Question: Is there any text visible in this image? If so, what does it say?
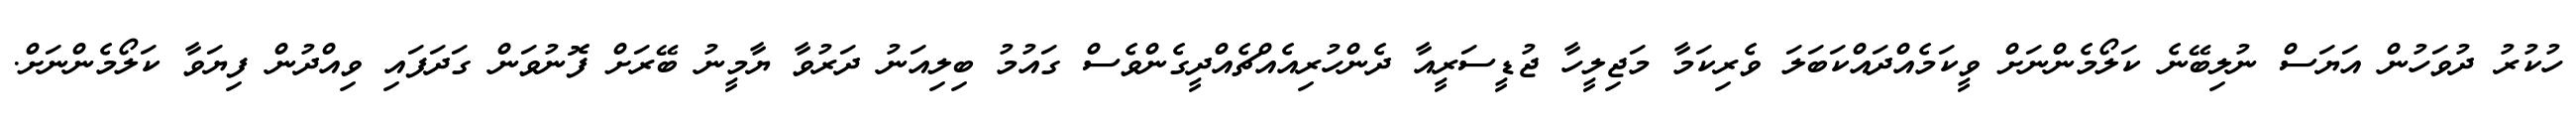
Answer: ހުކުރު ދުވަހުން އަޔަސް ނުލިބޭނެ ކަލޯމެންނަށް ވީކަމެއްދައްކަބަލަ ވެރިކަމާ މަޖިލީހާ ޖުޑީސަރީއާ ދެންހުރިއެއްޗެއްދީގެންވެސް ގައުމު ބިލިއަނު ދަރުވާ ޔާމީނު ބޭރަށް ފޮނުވަން ގަދަފައި ވިއްދުން ފިޔަވާ ކަލޯމެންނަށް.